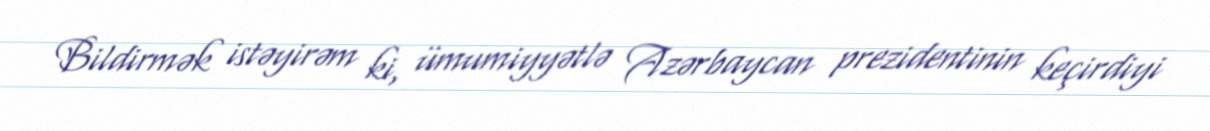
Bildirmək istəyirəm ki, ümumiyyətlə Azərbaycan prezidentinin keçirdiyi